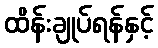
ထိန်းချုပ်ရန်နှင့်